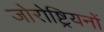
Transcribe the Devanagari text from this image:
जोरोष्ट्रियनों